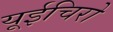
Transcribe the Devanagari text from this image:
यूईचिरो